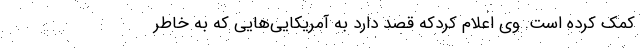
کمک کرده است. وی اعلام کردکه قصد دارد به آمریکایی‌هایی که به خاطر